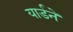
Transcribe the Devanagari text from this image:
यार्डने